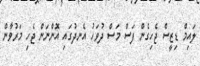
ލައިމް ޑިޒީސް ޖެހިގެން ފަސް މަސް ދުވަހު އެނދުގައި އޮންނަން ޖެހި މަރުވާން